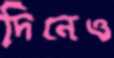
দিনেও